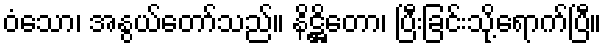
ဝံသော၊ အနွယ်တော်သည်။ နိဋ္ဌိတော၊ ပြီးခြင်းသို့ရောက်ပြီ။